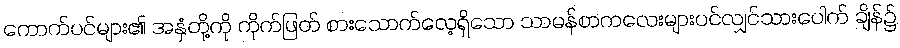
ကောက်ပင်များ၏ အနှံတို့ကို ကိုက်ဖြတ် စားသောက်လေ့ရှိသော သာမန်စာကလေးများပင်လျှင်သားပေါက် ချိန်၌